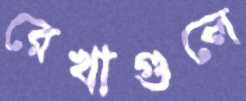
রেখাগুলে